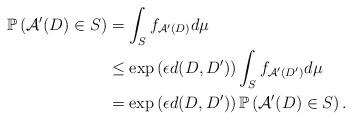
LaTeX: \begin{align*} \mathbb{P}\left(\mathcal{A}'(D) \in S \right) &=\int_{S} f_{\mathcal{A}'(D)} d\mu \\& \leq \exp \left(\epsilon d(D,D') \right) \int_{ S} f_{\mathcal{A}'(D')} d\mu\\&= \exp \left(\epsilon d(D,D') \right)\mathbb{P}\left(\mathcal{A}'(D) \in S \right). \end{align*}